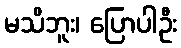
မသိဘူး၊ ပြောပါဦး